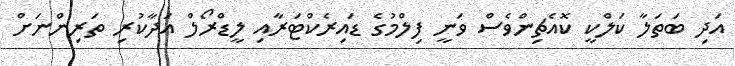
އަދި ބަތަލާ ކަލްކީ ކޮއެޗިންވެސް ވަނީ ފިލްމުގެ ޑައިރެކްޓަރާއި ލީޑްރޯލް އަދާކުރި ތަރިންނަށް